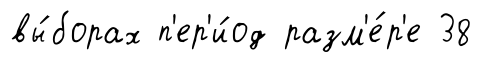
вы́борах п'ер'и́од разм'е́р'е 38